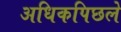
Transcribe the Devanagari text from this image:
अधिकपिछले